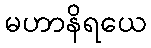
မဟာနိရယေ